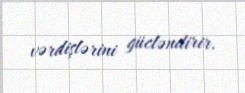
vərdişlərini gücləndirir.